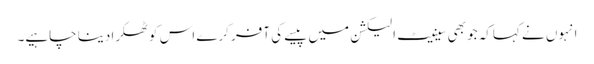
انہوں نے کہاکہ جو بھی سینیٹ الیکشن میں پیسے کی آفر کرے اس کوٹھکرا دینا چاہیے۔